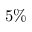
5 \%